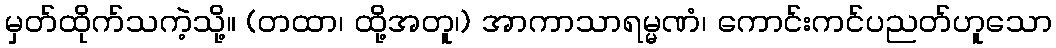
မှတ်ထိုက်သကဲ့သို့။ (တထာ၊ ထို့အတူ၊) အာကာသာရမ္မဏံ၊ ကောင်းကင်ပညတ်ဟူသော